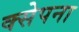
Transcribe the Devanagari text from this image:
क्सेपना